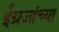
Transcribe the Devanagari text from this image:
ईग्रजांच्या